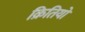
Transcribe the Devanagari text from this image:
क्रितियो